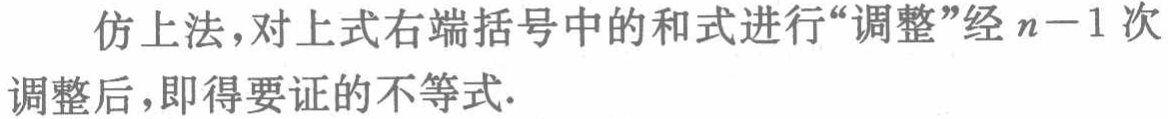
仿上法，对上式右端括号中的和式进行“调整”经 \(n - 1\) 次调整后，即得要证的不等式.